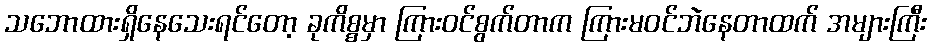
သဘောထားရှိနေသေးရင်တော့ ခုကိစ္စမှာ ကြားဝင်စွက်တာက ကြားမဝင်ဘဲနေတာထက် အများကြီး